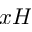
x H